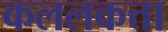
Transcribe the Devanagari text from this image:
कललकत्ता